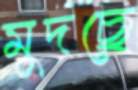
মুদছে